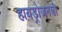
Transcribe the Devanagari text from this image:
हायड्रोजनशी